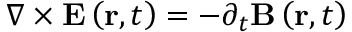
\nabla \times \mathbf { E } \left( \mathbf { r } , t \right) = - \partial _ { t } \mathbf { B } \left( \mathbf { r } , t \right)